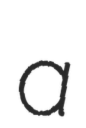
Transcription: a